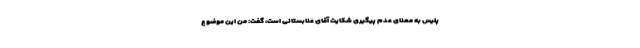
پلیس به معنای عدم پیگیری شکایت آقای عنابستانی است، گفت: من این موضوع